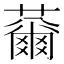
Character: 䕥